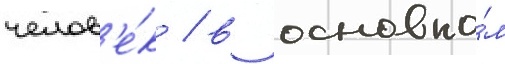
челов'е́к / в основно́м